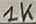
Text: 1K